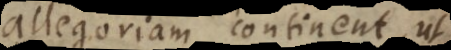
allegoriam continent, ut